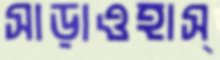
সাড়াওহাস্